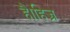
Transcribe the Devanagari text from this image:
है।हिज्र